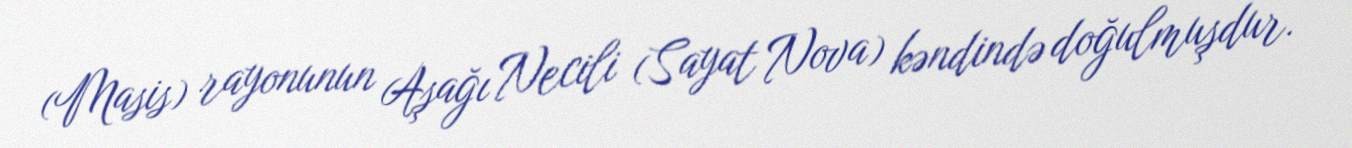
(Masis) rayonunun Aşağı Necili (Sayat Nova) kəndində doğulmuşdur.